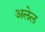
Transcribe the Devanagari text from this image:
अलेल